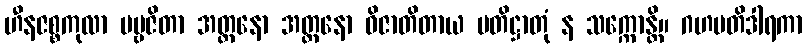
ဟီနဇစ္စကုလာ ပဗ္ဗဇိတာ အတ္တနော အတ္တနော ဝိဇာတိတာယ ပတိဋ္ဌာတုံ န သက္ကောန္တိ။ ဂဟပတိဒါရကာ